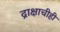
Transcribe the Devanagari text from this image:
द्राक्षाचीही